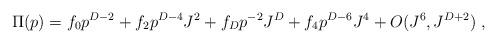
LaTeX: \begin{align*}\Pi(p)= f_0p^{D-2}+f_2p^{D-4}J^{2}+f_Dp^{-2}J^{D}+f_4p^{D-6}J^{4}+O(J^6,J^{D+2})\ ,\end{align*}